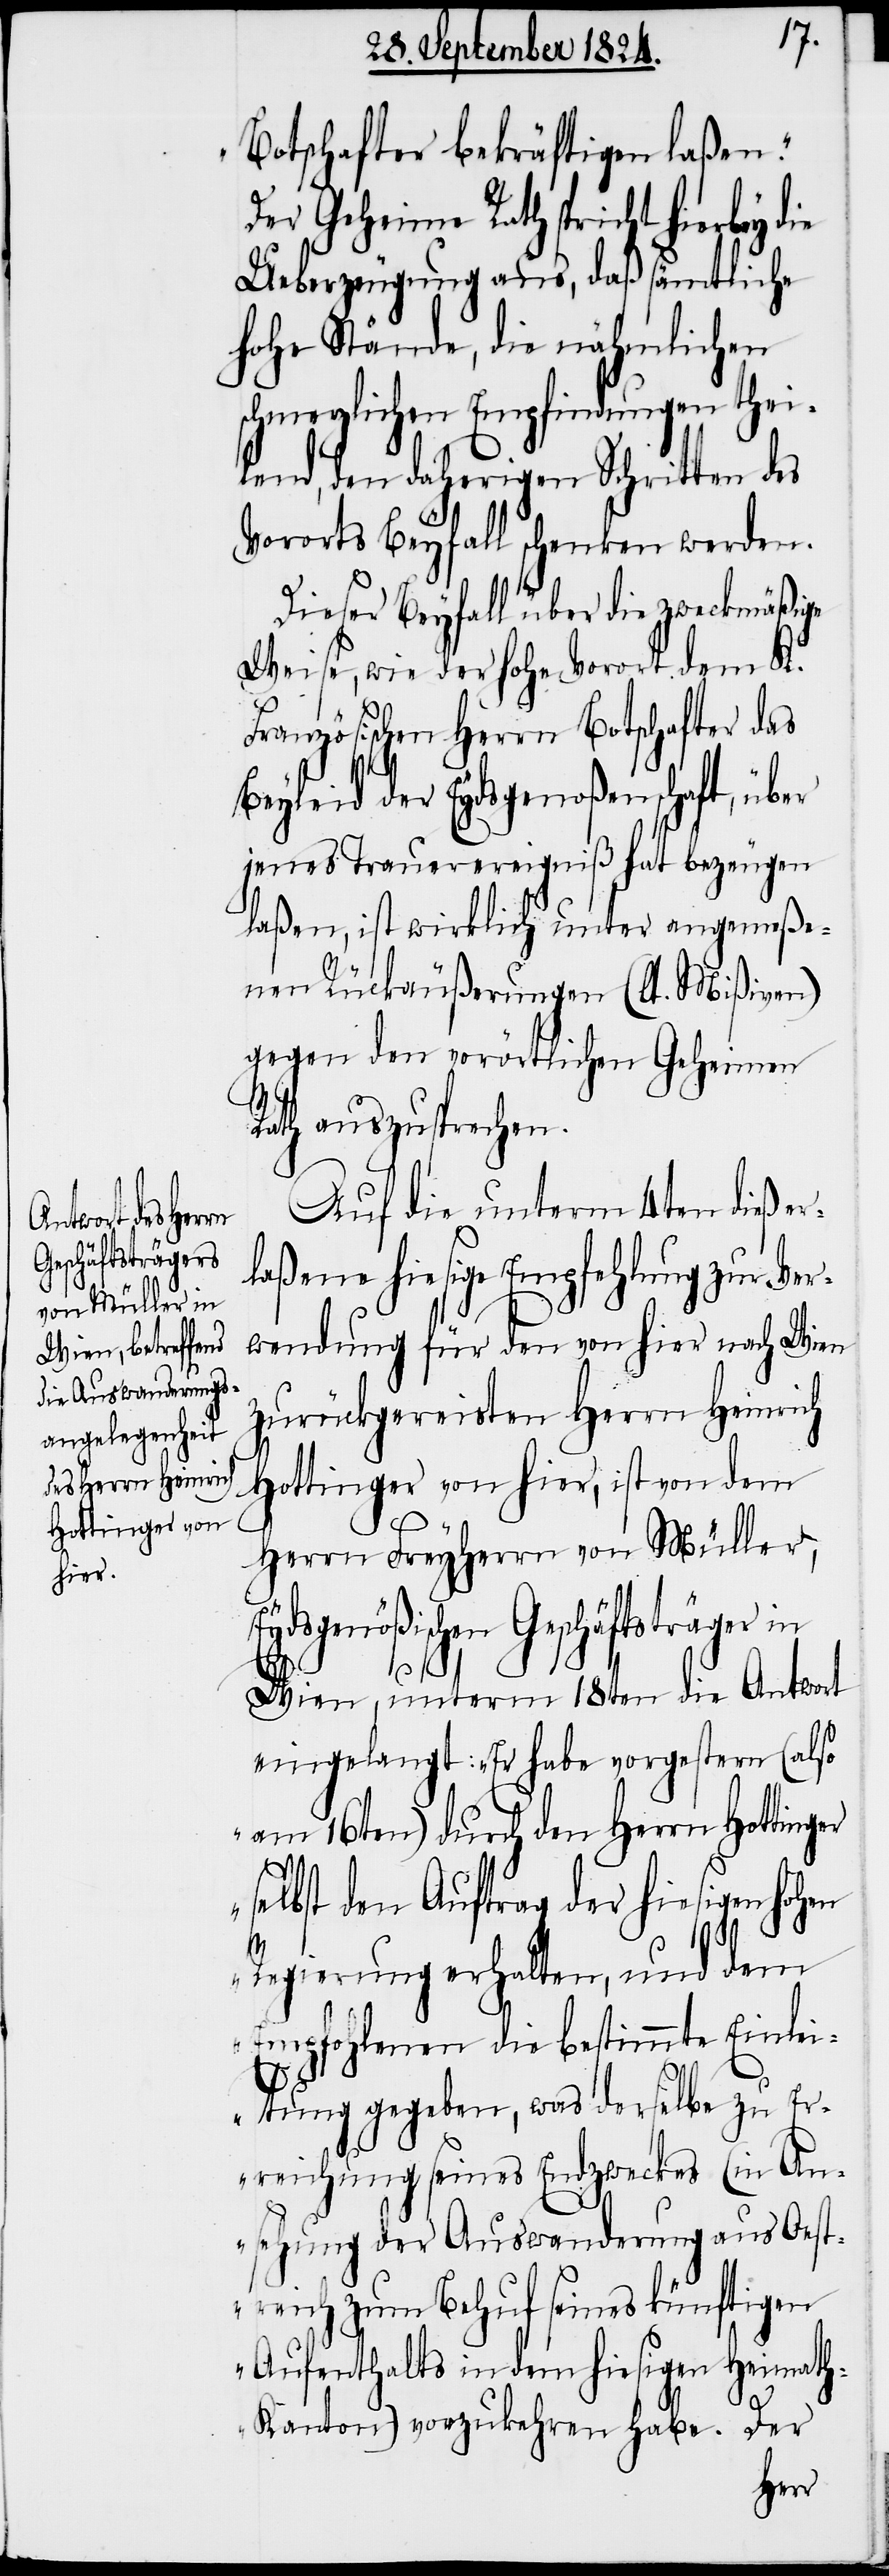
Botschafter bekräftigen laßen.“
Der Geheime Rath spricht hierbey
Ueberzeugung aus, daß sämtliche
hohe Stände, die nähmlichen
schmerzlichen Empfindungen thei¬
lend, den daherigen Schritten des
Vororts Beyfall schenken werden.
Dieser Beyfalls über die zweckmäßige
Weise, wie der hohe Vorort dem K.
Französischen Herrn Botschafter das
Beyleid der Eydsgenoßenschaft, über
jenes Trauerereigniß hat bezeugen
laßen, ist wirklich unter angemeße¬
nen Rückäußerungen (lt. Mißiven)
gegen den vorörtlichen Geheimen
Rath auszusprechen.
Auf die unterm 4ten dieß er¬
laßene hiesige Empfehlung zur Ver¬
wendung für den von hier nach Wien
zurückgereisten Herrn Heinrich
Hottinger von hier, ist von dem
Herrn Freyherrn von Müller,
Eydsgenößischer Geschäftsträger in
Wien, unterm 18ten die Antwort
eingelangt: „Er habe vorgestern (also
am 16ten) durch den Herrn Hottinger
selbst den Auftrag der hiesigen hohen
Regierung erhalten, und dem
Empfohlenen die bestimmte Einlei¬
tung gegeben, was derselbe zu Er¬
reichung seines Endzweckes (in An¬
sehung der Auswanderung aus Oest¬
reich zum Behuf seines künftigen
Aufenthalts in dem hiesigen Heimat¬
h-Kanton) vorzukehren habe. Der